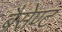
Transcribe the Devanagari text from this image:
बैसेण्ट